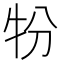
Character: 㸮